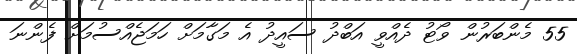
55 މެންބަރުން ވޯޓު ދެއްވީ އަބްދު ސައީދު އެ މަގާމަށް ހަމަޖެއްސުމަށް ފެންނަ